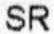
SR